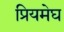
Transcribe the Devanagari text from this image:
प्रियमेघ